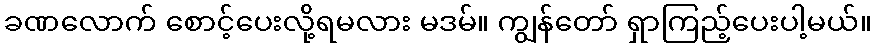
ခဏလောက် စောင့်ပေးလို့ရမလား မဒမ်။ ကျွန်တော် ရှာကြည့်ပေးပါ့မယ်။